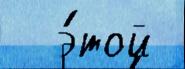
  э́той